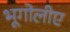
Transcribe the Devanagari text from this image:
भूगोलीए